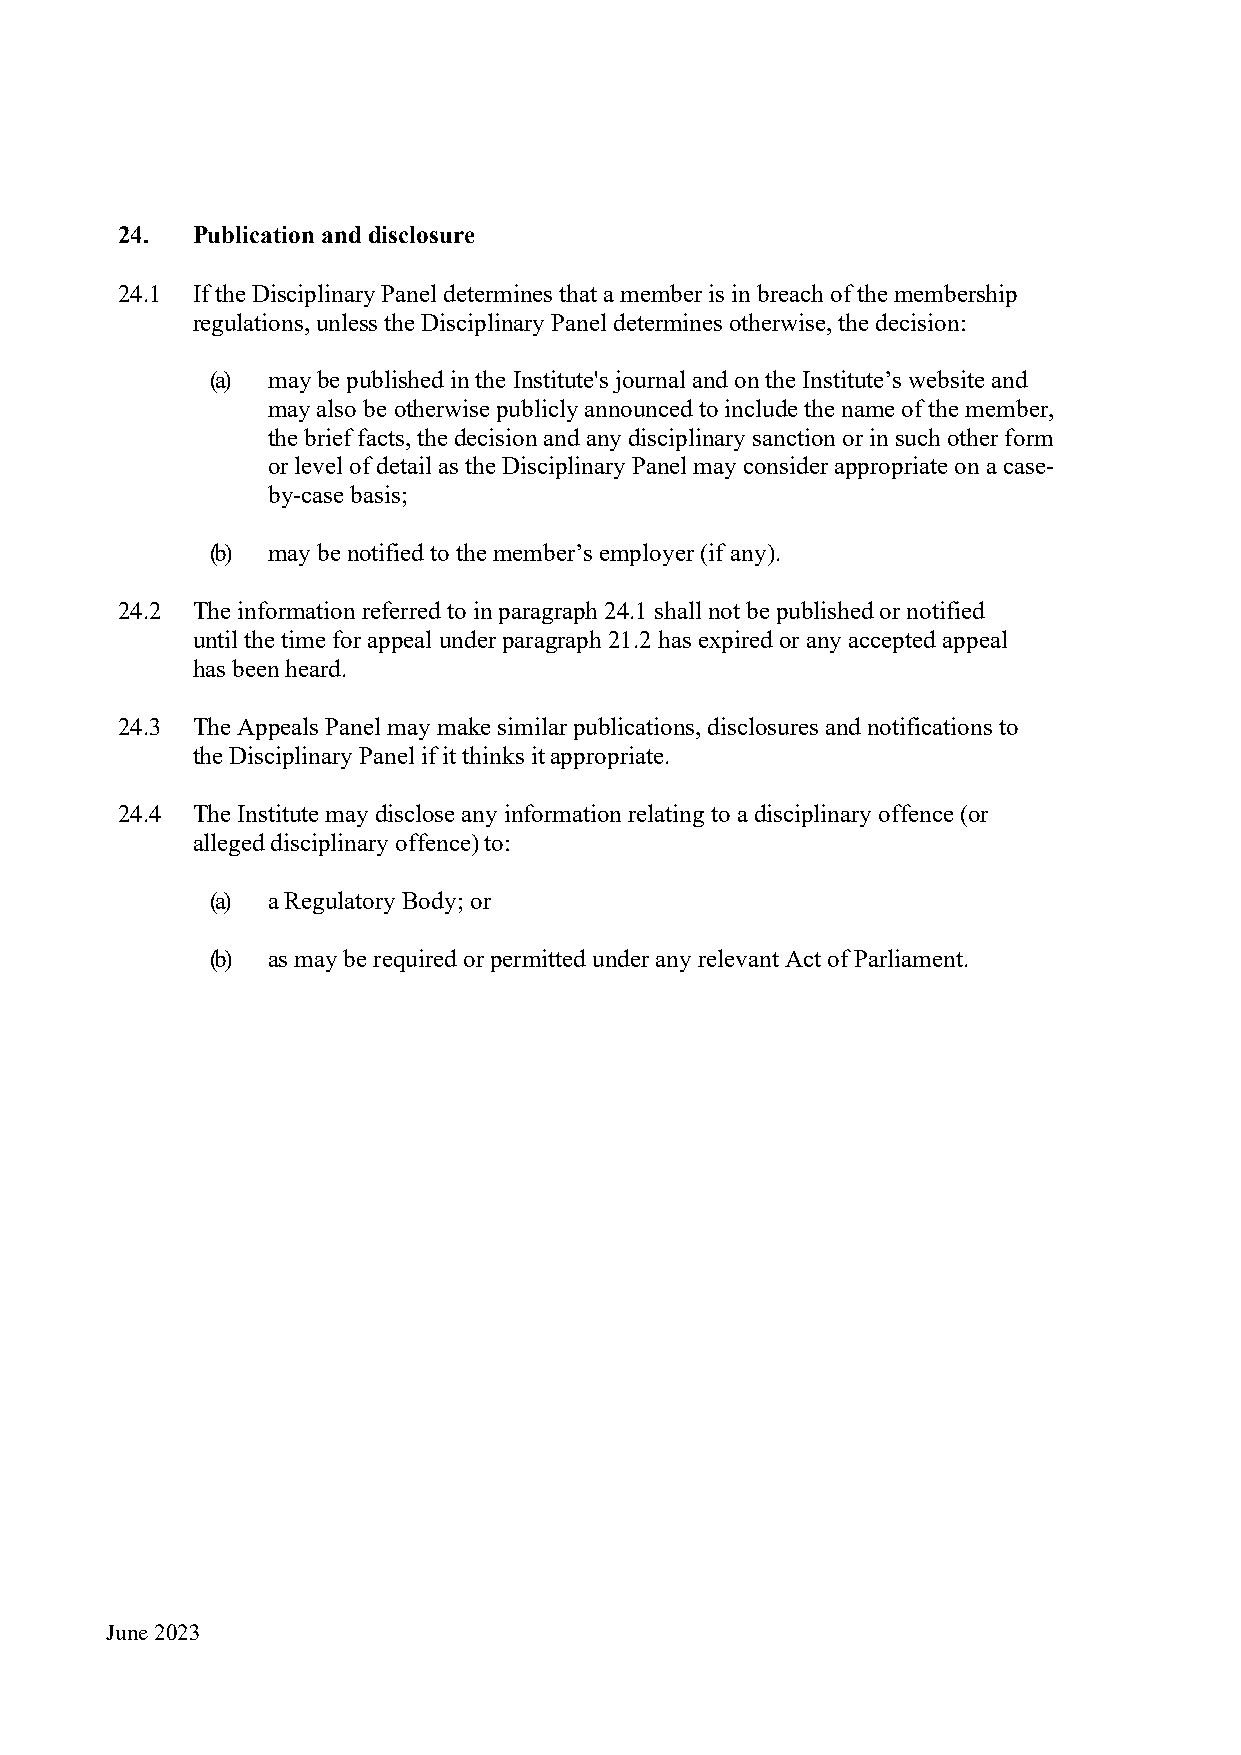
24.  Publication and disclosure
 24.1 If the Disciplinary Panel determines that a member is in breach of the membership
 regulations, unless the Disciplinary Panel determines otherwise, the decision:
 (a) may be published in the Institute's journal and on the Institute’s website and
 may also be otherwise publicly announced to include the name of the member,
 the brief facts, the decision and any disciplinary sanction or in such other form
 or level of detail as the Disciplinary Panel may consider appropriate on a case-
 by-case basis;
 (b) may be notified to the member’s employer (if any).
 24.2 The information referred to in paragraph 24.1 shall not be published or notified
 until the time for appeal under paragraph 21.2 has expired or any accepted appeal
 has been heard.
 24.3 The Appeals Panel may make similar publications, disclosures and notifications to
 the Disciplinary Panel if it thinks it appropriate.
 24.4 The Institute may disclose any information relating to a disciplinary offence (or
 alleged disciplinary offence) to:
 (a) a Regulatory Body; or
 (b) as may be required or permitted under any relevant Act of Parliament.
 June 2023